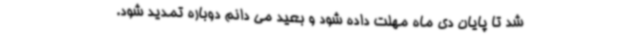
شد تا پایان دی ماه مهلت داده شود و بعید می دانم دوباره تمدید شود.